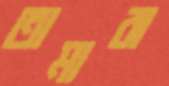
তামারা